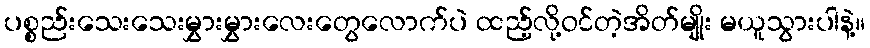
ပစ္စည်းသေးသေးမွှားမွှားလေးတွေလောက်ပဲ ထည့်လို့ဝင်တဲ့အိတ်မျိုး မယူသွားပါနဲ့။